Investigations on Bengal jail dietaries - Number 37
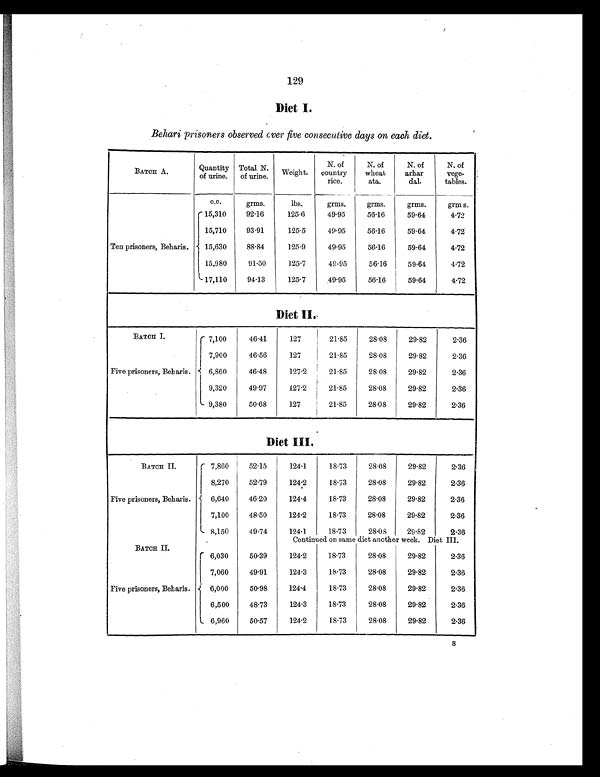
129
Diet I.
Behari prisoners observed over five consecutive days on each diet.
BATCH A.
Quantity
of urine.
Total N.
of urine. Weight.
N. of
country
rice.
N. of
wheat
ata.
N. of
arhar
dal.
N. of
vege-
tables.
Ten prisoners, Beharis
c.c.
grms.
lbs.
grms.
grms.
grms.
grms.
15,310
92.16
125.6
49.95
56.16
59.64
4.72
15,710
93.91
125.5
49.95
56.16
59.64
4.72
15,630
88.84
125.9
49.95
56.16
59.64
4.72
15,980
91.50
125.7
49.95
56.16
59.64
4.72
17,110
94.13
125.7
49.95
56.16
59.64
4.72
D i e t I I .
BATCH I
Five prisoners, Beharis.
7,100
46.41
127
21.85
28.08
29.82
2.36
7,900
46.56
127
21.85
28.08
29.82
2.36
6,860
46.48
127.2
21.85
28.08
29.82
2.36
9,320
49.97
127.2
21.85
28.08
29.82
2.36
9,380
50.68
127
21.85
28.08
29.82
2.36
Diet III.
BATCH II.
7,860
52.15
124.1
18.73
28.08
29.82
2.36
Five prisoners, Beharis.
8,270
52.79
124.2
18.73
28.08
29.82
2.36
6,640
46.20
124.4
18.73
28.08
29.82
2.36
7,100
48.50
124.2
18.73
28.08
29.82
2.36
8,150
49.74
124.1
18.73
28.08
29.82
2.36
BATCH II.
Continued on same diet another week. Diet III.
Five prisoners, Beharis.
6,030
50.39
124.2
18.73
28.08
29.82
2.36
7,060
49.91
124.3
18.73
28.08
29.82
2.36
6,000
50.98
124.4
18.73
28.08
29.82
2.36
6,500
48.73
124.3
18.73
28.08
29.82
2.36
6,960
50.57
124.2
18.73
28.08
29.82
2.36